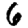
Digit: 6